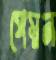
পেস্নন